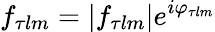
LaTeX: f_{\tau lm}=|f_{\tau lm}|e^{i\varphi_{\tau lm}}